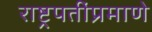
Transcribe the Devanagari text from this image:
राष्ट्रपतींप्रमाणे